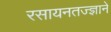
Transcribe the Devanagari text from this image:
रसायनतज्ज्ञाने